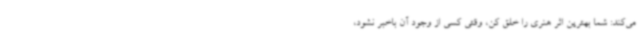
می‌کند: شما بهترین اثر هنری را خلق کن، وقتی کسی از وجود آن باخبر نشود،